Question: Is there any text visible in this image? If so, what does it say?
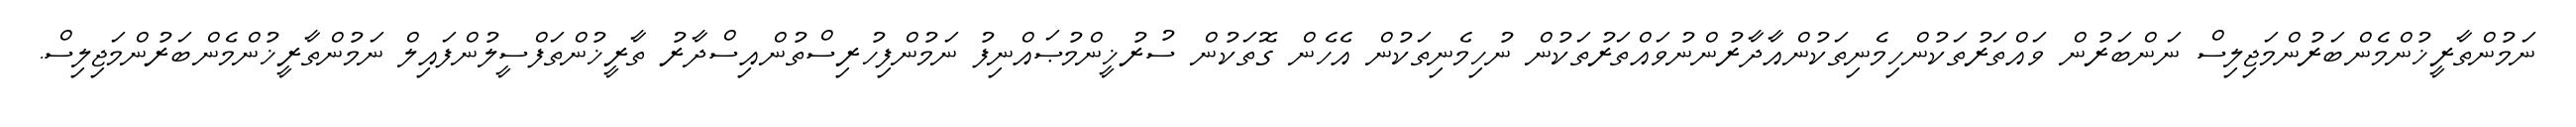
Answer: ނަމުންތާރީޚުންމެންބަރުންމަޖިލިސް ނަންބަރުން ވައްތަރުތަކުންހިމެނިތަކުންއާދާރުންނުވައްތަރުތަކުން ނުހިމެނިތަކުން އެހެން ގޮތަކުން ސުރުޚީންމުޞައްނިފު ނަމުންފިހުރިސްތުންއިސްދާރު ތާރީޚުންތަފްސީލުންފައިލް ނަމުންތާރީޚުންމެންބަރުންމަޖިލިސް.